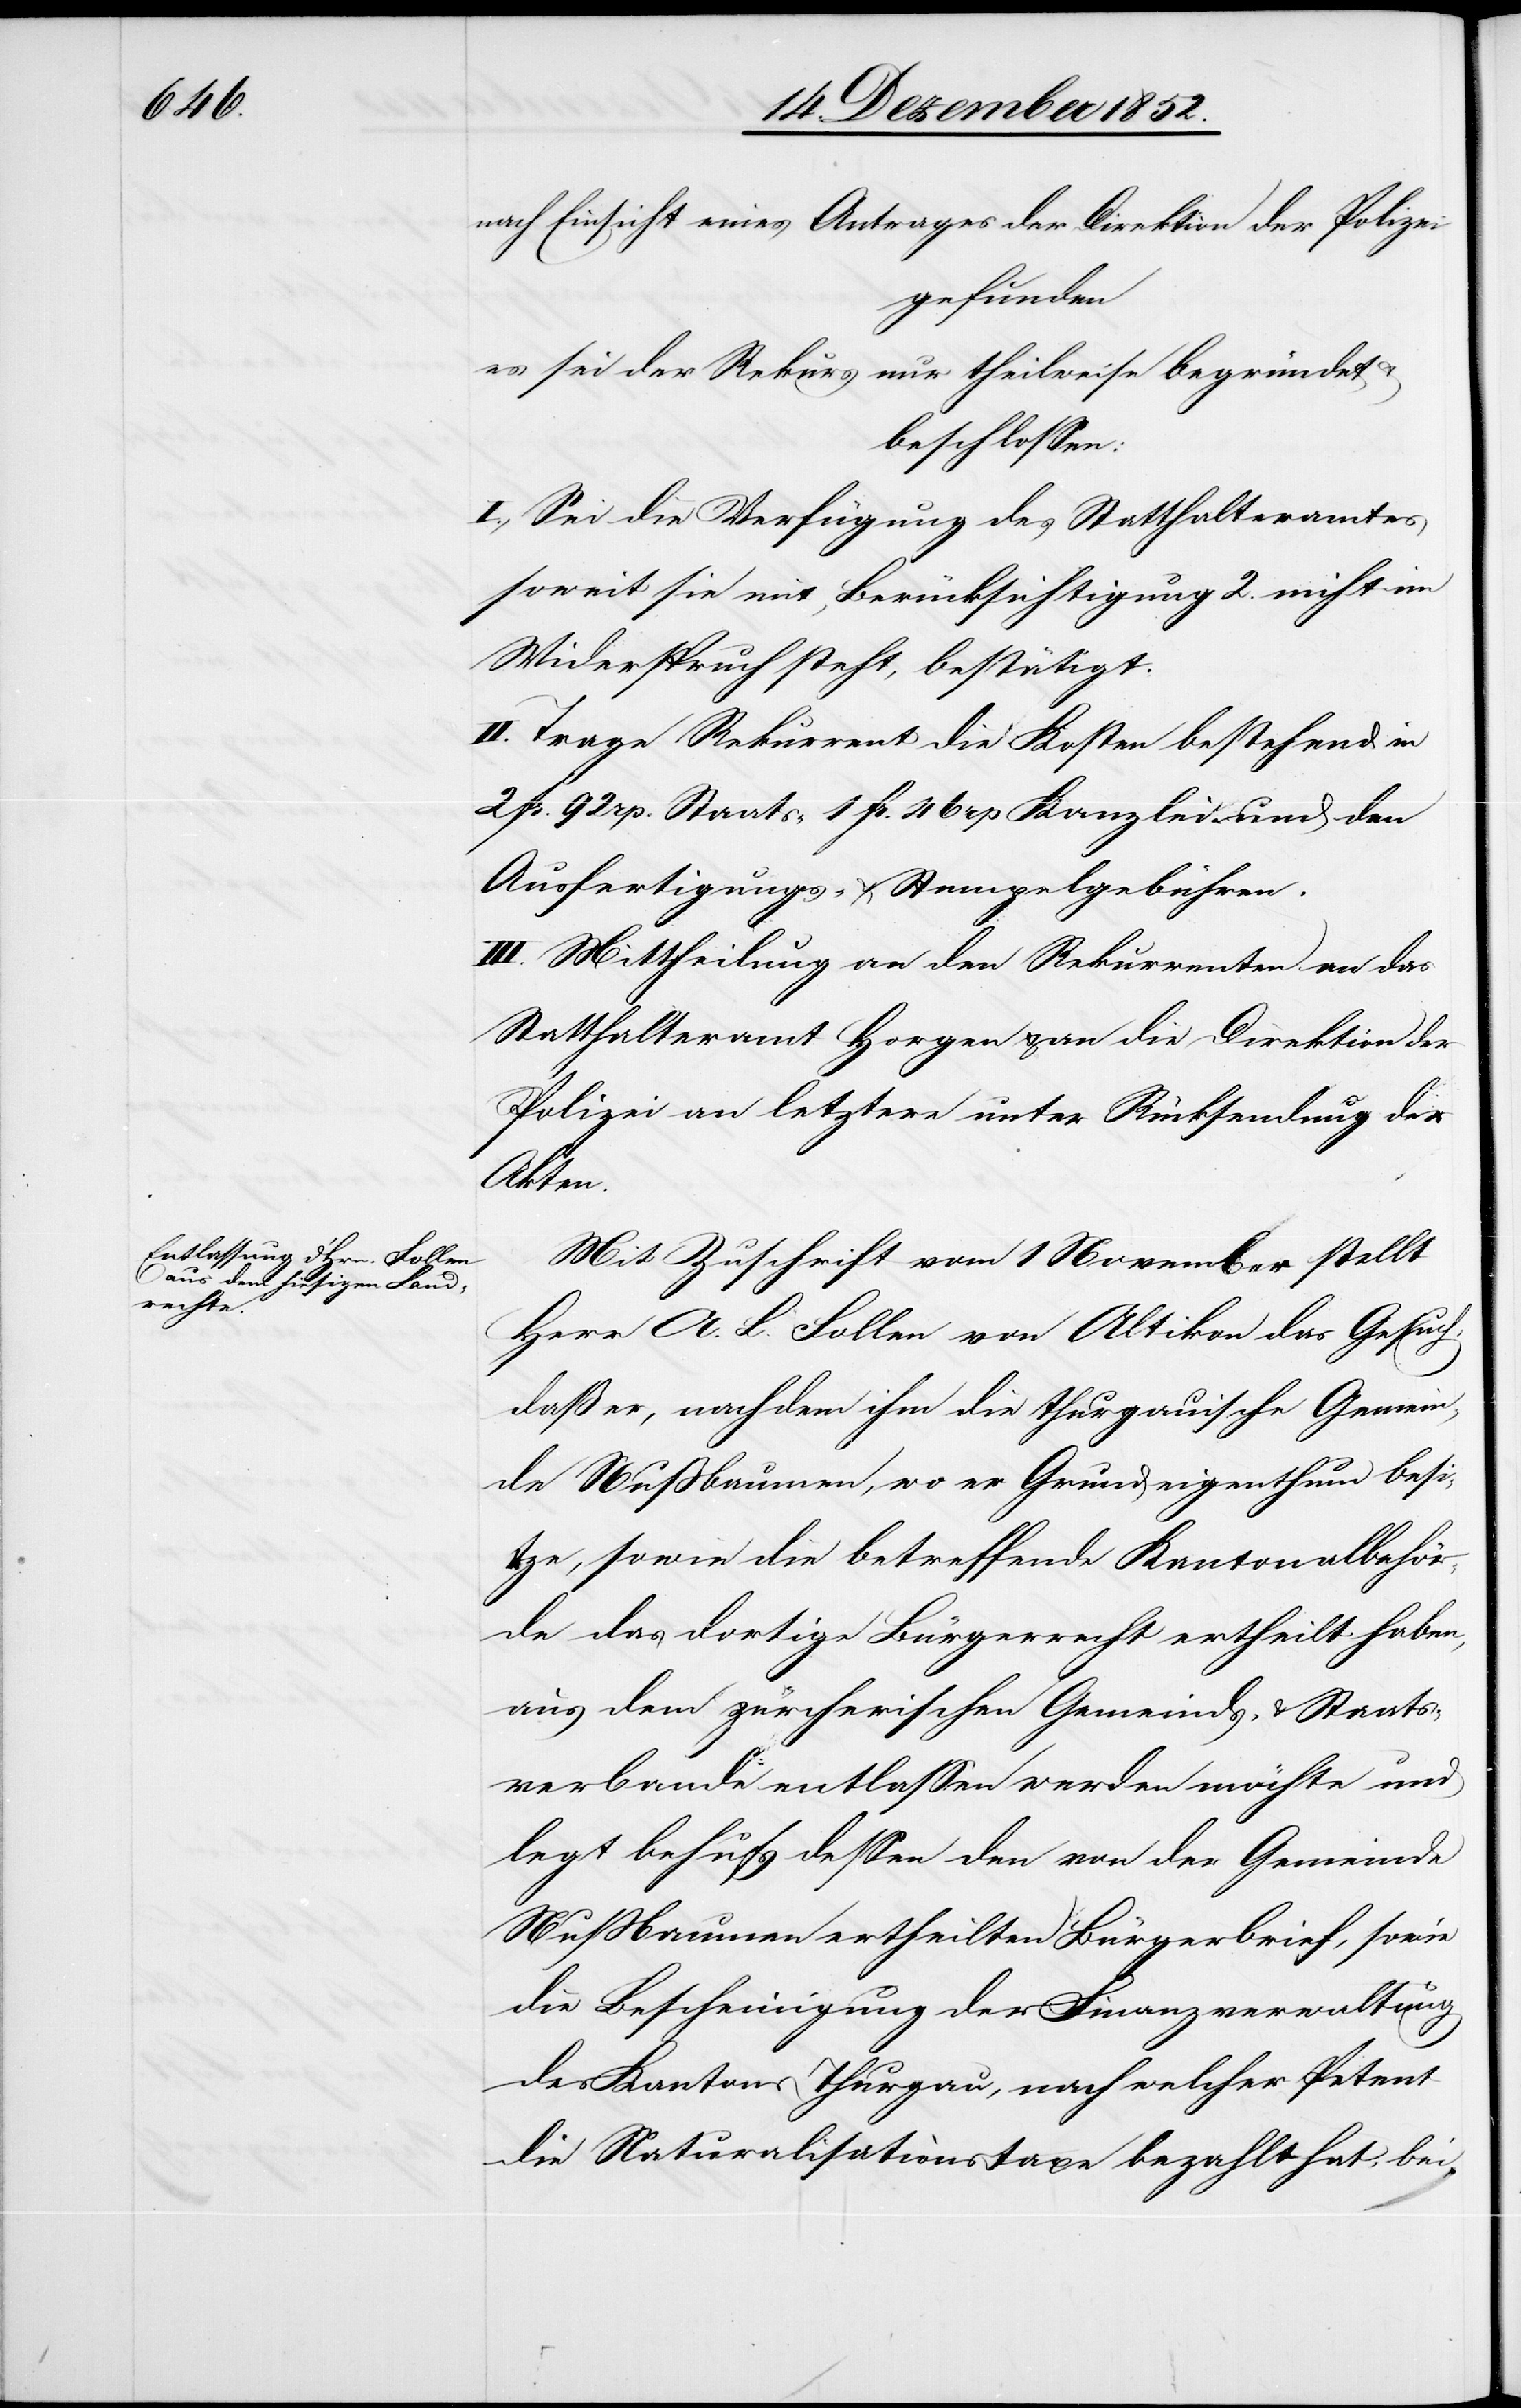
nach Einsicht eines Antrages der Direktion der Polizei
gefunden
es sei der Rekurs nur theilweise begründet
beschlossen:
I., Sei die Verfügung des Statthalteramtes
soweit sie mit Berücksichtigung 2. nicht im
Widerspruch steht, bestätigt.
II. Trage Rekurrent die Kosten bestehend in
2 fr. 92 rp. Staats-[,] 1 fr. 46 rp Kanzlei- und den
Ausfertigungs- & Stempelgebühren.
III. Mittheilung an den Rekurrenten[,] an das
Statthalteramt Horgen & an die Direktion der
Polizei an letztere unter Rücksendung der
Akten.
Mit Zuschrift vom 1 November stellt
Herr A. L. Follen von Altikon das Gesuch,
daß er, nachdem ihm die thurgauische Gemein¬
de Nußbaumen, wo er Grundeigenthum besi¬
tze, sowie die betreffende Kantonalbehör¬
de das dortige Bürgerrecht ertheilt haben,
aus dem zürcherischen Gemeinds- & Staats¬
verbande entlassen werden möchte und
legt behufs dessen den von der Gemeinde
Nußbaumen ertheilten Bürgerbrief, sowie
die Bescheinigung der Finanzverwaltung
des Kantons Thurgau, nach welcher Petent
die Naturalisationstaxe bezahlt hat, bei.